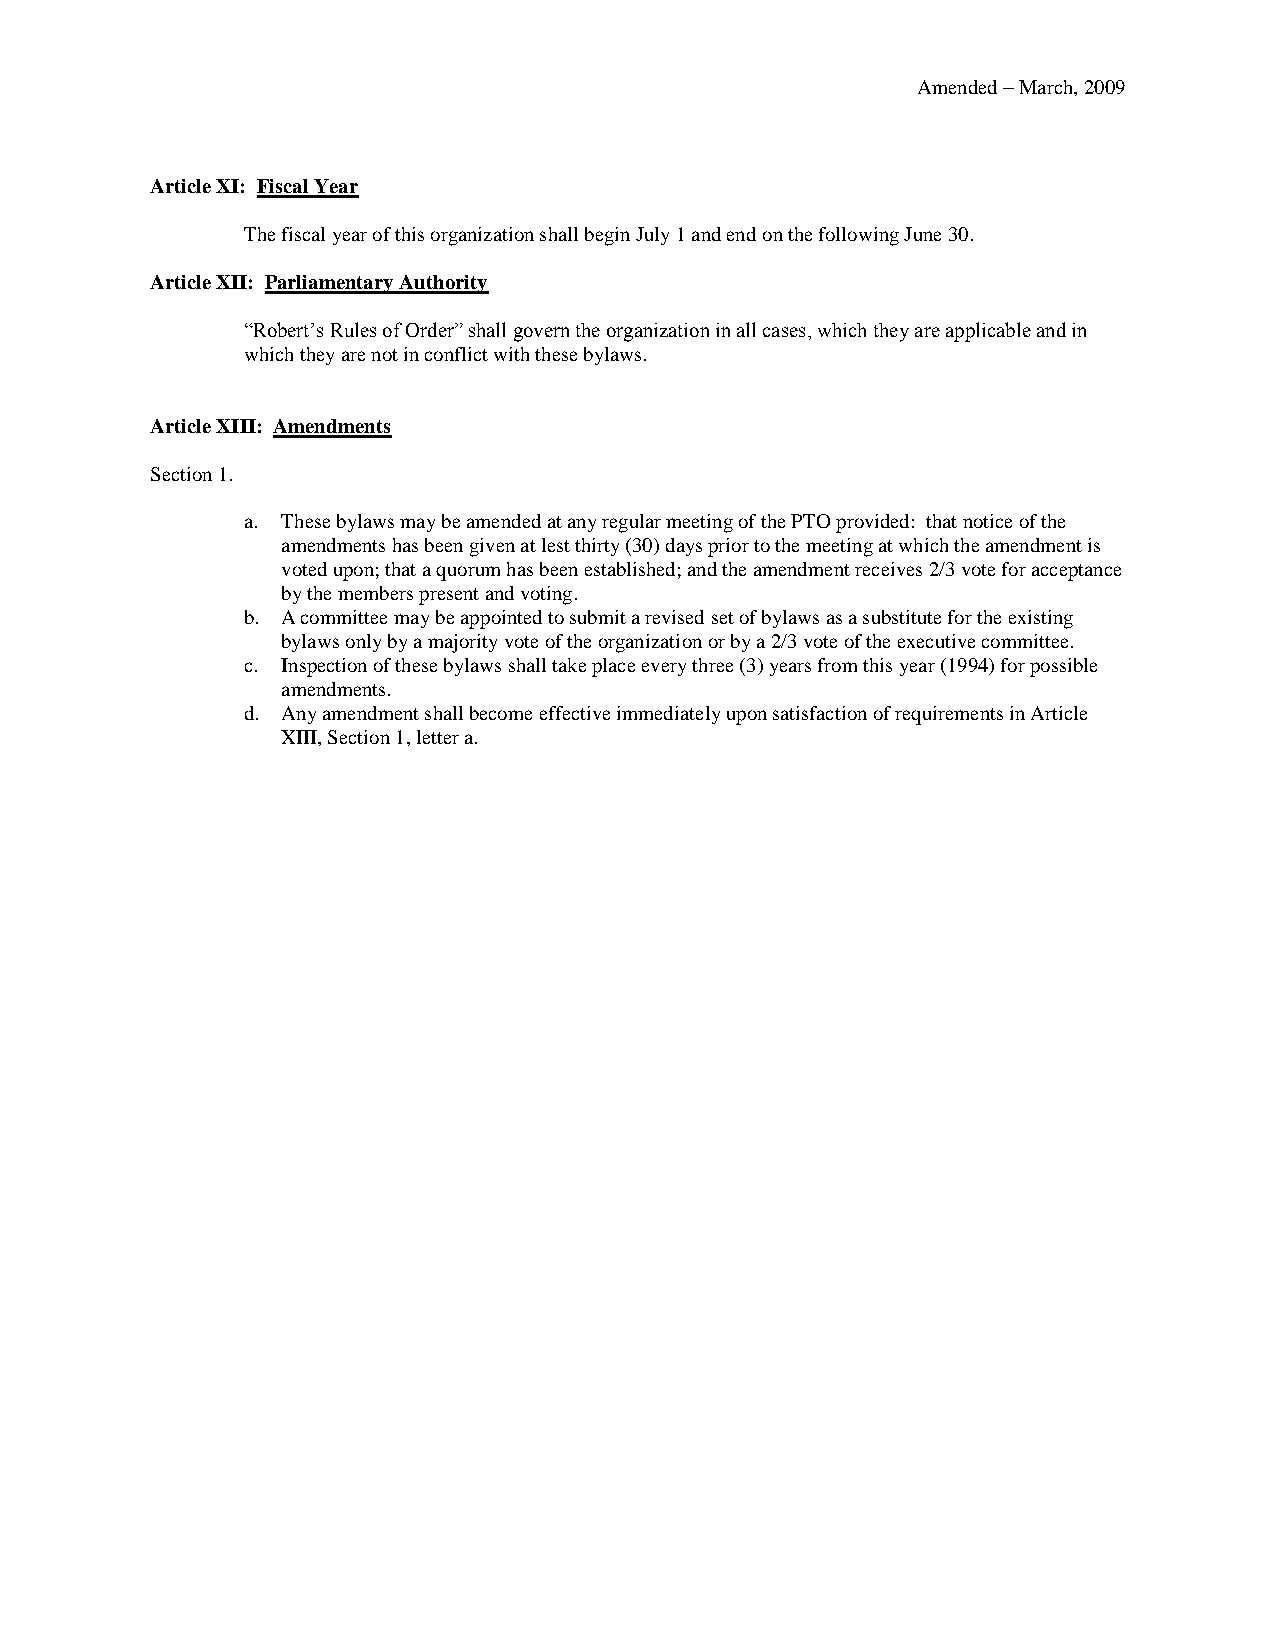
Amended – March, 2009
 Article XI: Fiscal Year
 The fiscal year of this organization shall begin July 1 and end on the following June 30.
 Article XII: Parliamentary Authority
 “Robert’s Rules of Order” shall govern the organization in all cases, which they are applicable and in
 which they are not in conflict with these bylaws.
 Article XIII: Amendments
 Section 1.
 a. These bylaws may be amended at any regular meeting of the PTO provided: that notice of the
 amendments has been given at lest thirty (30) days prior to the meeting at which the amendment is
 voted upon; that a quorum has been established; and the amendment receives 2/3 vote for acceptance
 by the members present and voting.
 b. A committee may be appointed to submit a revised set of bylaws as a substitute for the existing
 bylaws only by a majority vote of the organization or by a 2/3 vote of the executive committee.
 c. Inspection of these bylaws shall take place every three (3) years from this year (1994) for possible
 amendments.
 d. Any amendment shall become effective immediately upon satisfaction of requirements in Article
 XIII, Section 1, letter a.